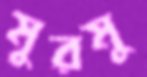
মুরমু